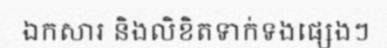
ឯកសារ និងលិខិតទាក់ទងផ្សេងៗ